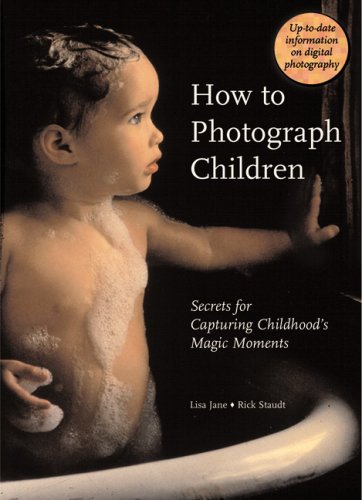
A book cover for How to Photograph Children: Secrets for Capturing Childhood's Magic Moments; Lisa Jane; Arts & Photography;